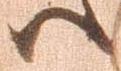
ハ